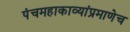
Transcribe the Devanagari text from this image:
पंचमहाकाव्यांप्रमाणेच